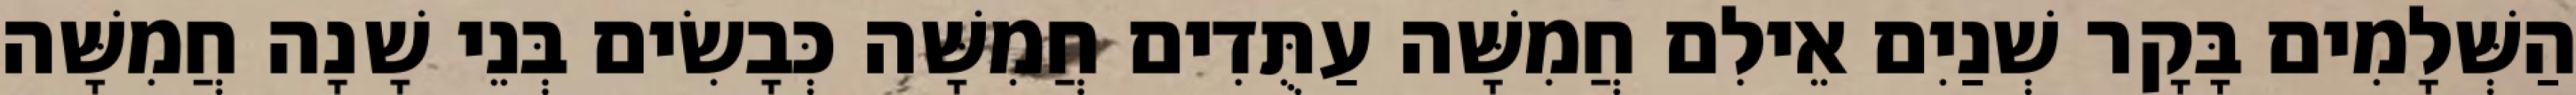
הַשְּׁלָמִים בָּקָר שְׁנַיִם אֵילִם חֲמִשָּׁה עַתֻּדִים חֲמִשָּׁה כְּבָשִׂים בְּנֵי שָׁנָה חֲמִשָּׁה